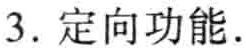
3. 定向功能.